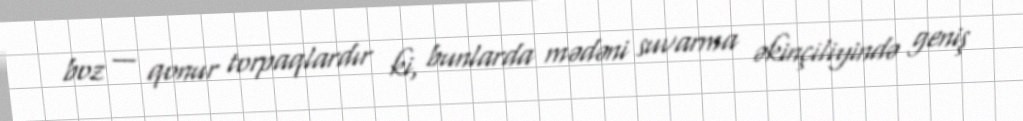
boz — qonur torpaqlardır ki, bunlarda mədəni suvarma əkinçiliyində geniş